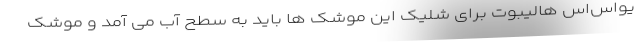
یواس‌اس هالیبوت برای شلیک این موشک ها باید به سطح آب می آمد و موشک